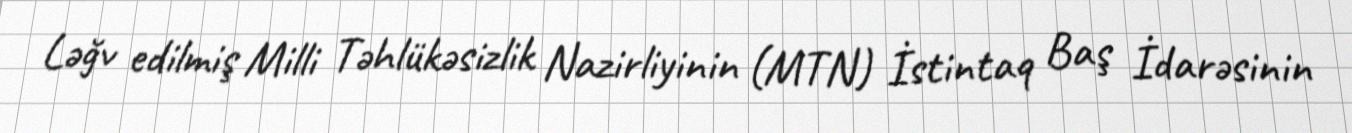
Ləğv edilmiş Milli Təhlükəsizlik Nazirliyinin (MTN) İstintaq Baş İdarəsinin